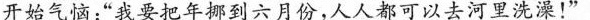
开始气恼“我要把年挪到六月份，人人都可以去河里洗澡!”